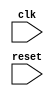
module behavioral_modeling (
    input wire clk,
    input wire reset
);

always @(posedge clk or negedge reset) begin
    // Behavioral modeling code goes here
end

endmodule